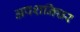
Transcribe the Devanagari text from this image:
अपशनिच्चर